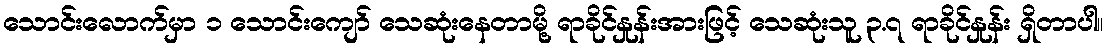
သောင်းလောက်မှာ ၁ သောင်းကျော် သေဆုံးနေတာမို့ ရာခိုင်နှုန်းအားဖြင့် သေဆုံးသူ ၃.၇ ရာခိုင်နှုန်း ရှိတာပါ။